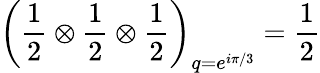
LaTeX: \left(\frac{1}{2}\otimes\frac{1}{2}\otimes\frac{1}{2}\right)_{q=e^{i\pi/3}}=\frac{1}{2}